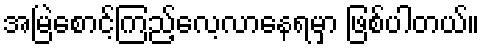
အမြဲစောင့်ကြည့်လေ့လာနေရမှာ ဖြစ်ပါတယ်။